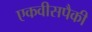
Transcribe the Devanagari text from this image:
एकवीसपैकी